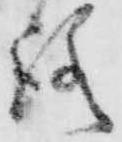
路